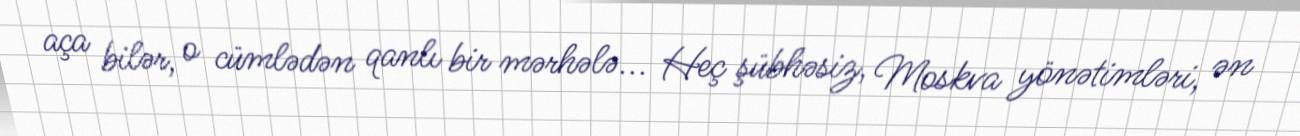
aça bilər, o cümlədən qanlı bir mərhələ... Heç şübhəsiz, Moskva yönətimləri, ən